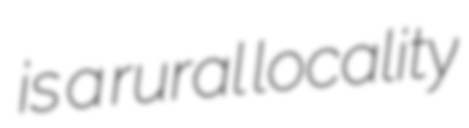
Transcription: is a rural locality